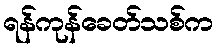
ရန်ကုန်ခေတ်သစ်က